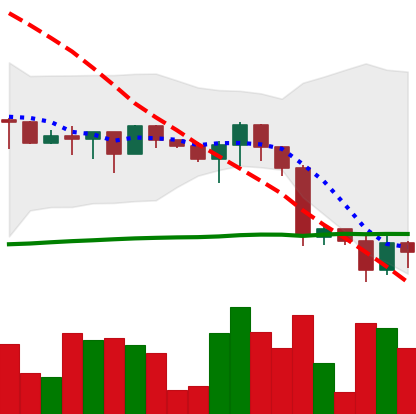
Ticker: XRP-USD
Chart end date: 2022-12-21
Forward return: 5.694%
Label: up_5_7